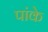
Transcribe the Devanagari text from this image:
पांके